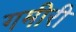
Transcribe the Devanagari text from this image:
गमीरी